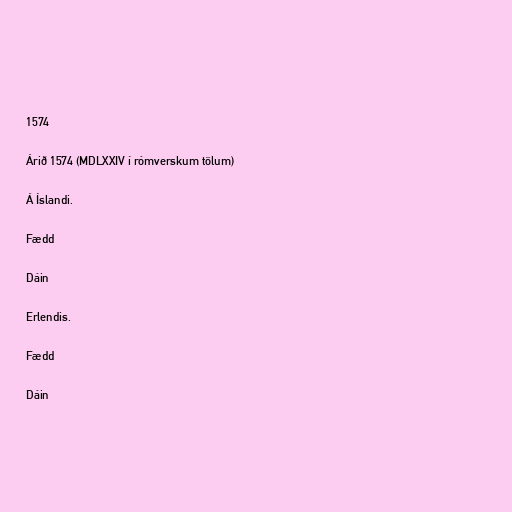
1574

Árið 1574 (MDLXXIV í rómverskum tölum)

Á Íslandi.

Fædd

Dáin

Erlendis.

Fædd

Dáin